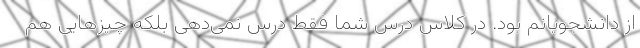
از دانشجویانم بود. در کلاس درس شما فقط درس نمی‌دهی بلکه چیزهایی هم